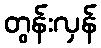
တွန်းလှန်